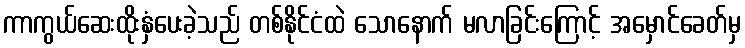
ကာကွယ်ဆေးထိုးနှံပေးခဲ့သည် တစ်နိုင်ငံထဲ သောနောက် မလာခြင်းကြောင့် အမှောင်ခေတ်မှ